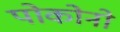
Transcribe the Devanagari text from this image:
पोकोनो